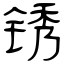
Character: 锈